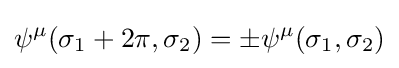
\psi ^{\mu }(\sigma _{1}+2\pi ,\sigma _{2})=\pm \psi ^{\mu }(\sigma _{1},\sigma _{2})